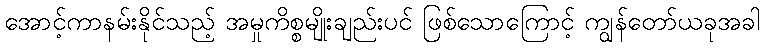
အောင့်ကာနမ်းနိုင်သည့် အမှုကိစ္စမျိုးချည်းပင် ဖြစ်သောကြောင့် ကျွန်တော်ယခုအခါ